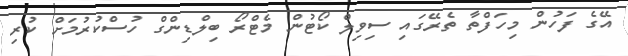
އޭގެ ފަހުން މިހަފްތާ ތެރޭގައި ސިވިލް ކޯޓުން މެޓްރޯ ބިލްޑިންގް ހުސްކުރުމަށް ކުރި